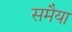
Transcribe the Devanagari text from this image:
समैया